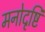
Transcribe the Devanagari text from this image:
मनोदृष्टि